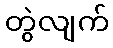
တွဲလျက်